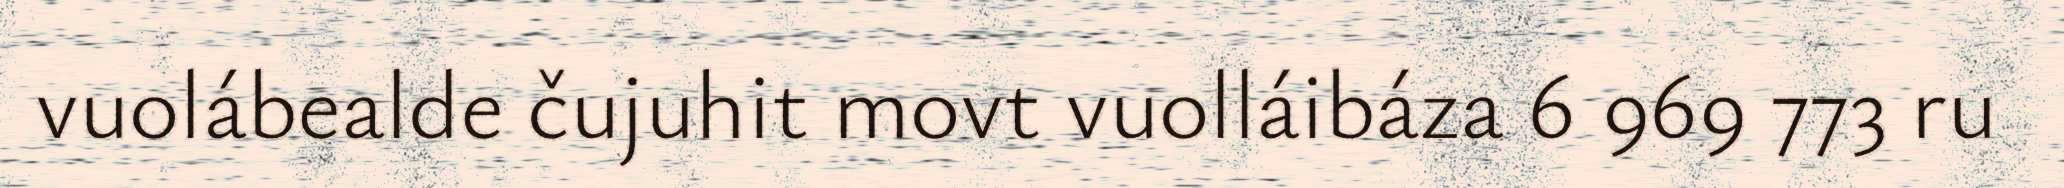
vuolábealde čujuhit movt vuolláibáza 6 969 773 ru